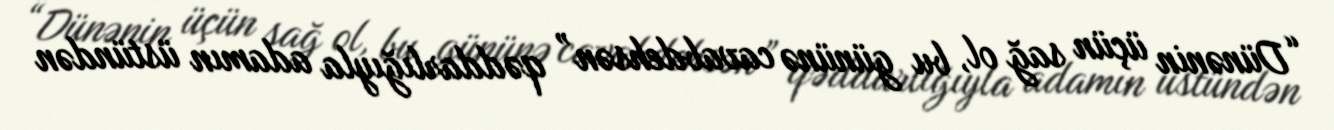
“Dünənin üçün sağ ol, bu gününə cavabdehsən” qəddarlığıyla adamın üstündən